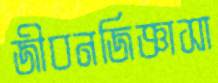
জীবনজিজ্ঞাসা